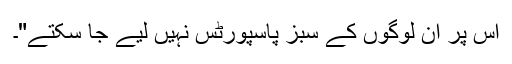
اس پر ان لوگوں کے سبز پاسپورٹس نہیں لیے جا سکتے"۔